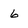
Character: 6